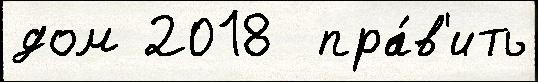
дом 2018  пра́в'ить